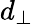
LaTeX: d_{\perp}